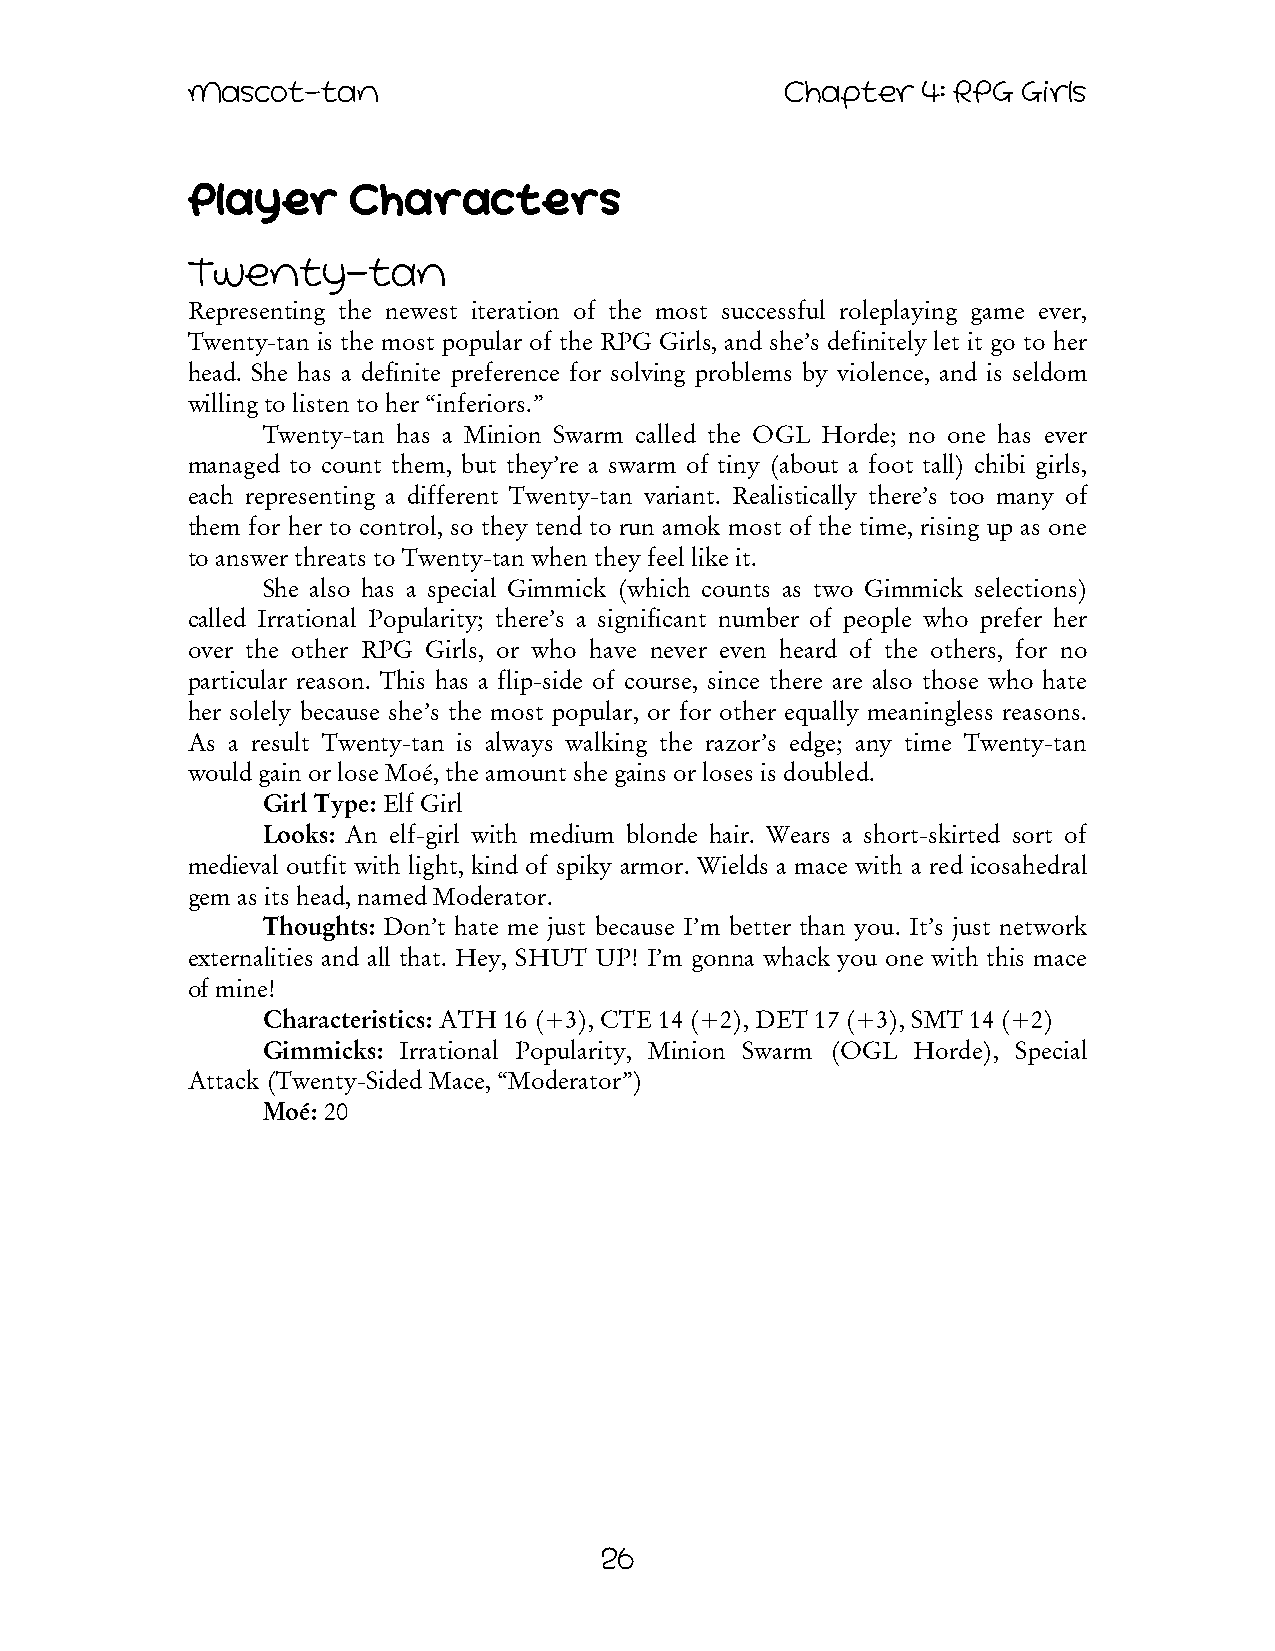
Mascot-tan                              Chapter  4: RPG Girls
 Player     Characters
 Twenty-tan
 Representing the newest iteration of the most successful roleplaying game ever,
 Twenty-tan is the most popular of the RPG Girls, and she’s definitely let it go to her
 head. She has a definite preference for solving problems by violence, and is seldom
 willing to listen to her “inferiors.”
 Twenty-tan has a Minion Swarm called the OGL Horde; no one has ever
 managed to count them, but they’re a swarm of tiny (about a foot tall) chibi girls,
 each representing a different Twenty-tan variant. Realistically there’s too many of
 them for her to control, so they tend to run amok most of the time, rising up as one
 to answer threats to Twenty-tan when they feel like it.
 She also has a special Gimmick (which counts as two Gimmick selections)
 called Irrational Popularity; there’s a significant number of people who prefer her
 over the other RPG Girls, or who have never even heard of the others, for no
 particular reason. This has a flip-side of course, since there are also those who hate
 her solely because she’s the most popular, or for other equally meaningless reasons.
 As a result Twenty-tan is always walking the razor’s edge; any time Twenty-tan
 would gain or lose Moé, the amount she gains or loses is doubled.
 Girl Type: Elf Girl
 Looks: An elf-girl with medium blonde hair. Wears a short-skirted sort of
 medieval outfit with light, kind of spiky armor. Wields a mace with a red icosahedral
 gem as its head, named Moderator.
 Thoughts: Don’t hate me just because I’m better than you. It’s just network
 externalities and all that. Hey, SHUT UP! I’m gonna whack you one with this mace
 of mine!
 Characteristics: ATH 16 (+3), CTE 14 (+2), DET 17 (+3), SMT 14 (+2)
 Gimmicks: Irrational Popularity, Minion Swarm (OGL Horde), Special
 Attack (Twenty-Sided Mace, “Moderator”)
 Moé: 20
 26